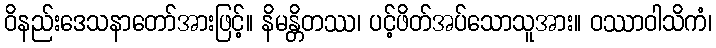
ဝိနည်းဒေသနာတော်အားဖြင့်။ နိမန္တိတဿ၊ ပင့်ဖိတ်အပ်သောသူအား။ ဝဿာဝါသိကံ၊